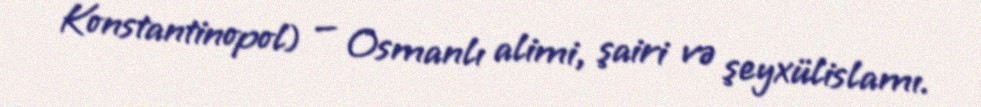
Konstantinopol) — Osmanlı alimi, şairi və şeyxülislamı.